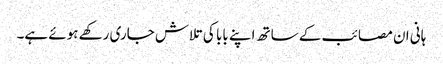
ہانی ان مصائب کے ساتھ اپنے بابا کی تلاش جاری رکھے ہوئے ہے۔